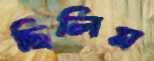
ছিলিম